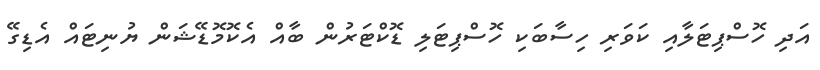
އަދި ހޮސްޕިޓަލާއި ކަވަރި ހިސާބަކި ހޮސްޕިޓަލި ޑޮކްޓަރުން ބާއް އެކޮމޮޑޭޝަން ޔުނިޓައް އެޑިގޭ